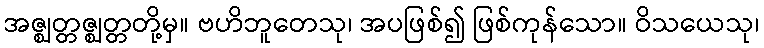
အဇ္ဈတ္တဇ္ဈတ္တတို့မှ။ ဗဟိဘူတေသု၊ အပဖြစ်၍ ဖြစ်ကုန်သော။ ဝိသယေသု၊